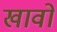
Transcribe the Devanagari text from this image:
खावो